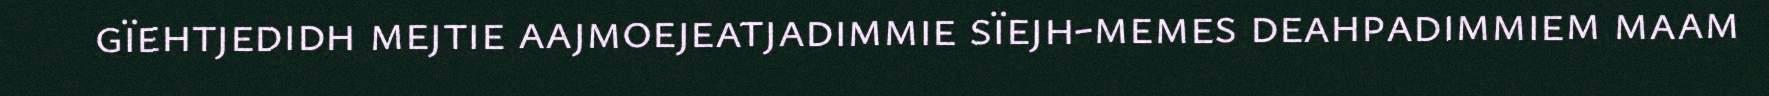
gïehtjedidh mejtie aajmoejeatjadimmie sïejh-memes deahpadimmiem maam